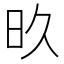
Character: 𬀨